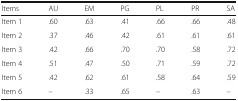
<table><thead><tr><td><b>Items</b></td><td><b>AU</b></td><td><b>EM</b></td><td><b>PG</b></td><td><b>PL</b></td><td><b>PR</b></td><td><b>SA</b></td></tr></thead><tbody><tr><td>Item 1</td><td>.60</td><td>.63</td><td>.41</td><td>.66</td><td>.66</td><td>.48</td></tr><tr><td>Item 2</td><td>.37</td><td>.46</td><td>.42</td><td>.61</td><td>.61</td><td>.61</td></tr><tr><td>Item 3</td><td>.42</td><td>.66</td><td>.70</td><td>.70</td><td>.58</td><td>.72</td></tr><tr><td>Item 4</td><td>.51</td><td>.47</td><td>.50</td><td>.71</td><td>.59</td><td>.72</td></tr><tr><td>Item 5</td><td>.42</td><td>.62</td><td>.61</td><td>.58</td><td>.64</td><td>.59</td></tr><tr><td>Item 6</td><td>–</td><td>.33</td><td>.65</td><td>–</td><td>.63</td><td>–</td></tr></tbody></table>